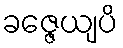
ခဇ္ဇေယျပိ